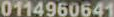
0114960641